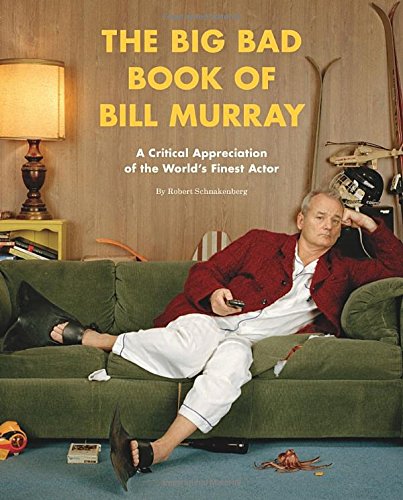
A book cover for The Big Bad Book of Bill Murray: A Critical Appreciation of the World's Finest Actor; Robert Schnakenberg; Humor & Entertainment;